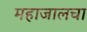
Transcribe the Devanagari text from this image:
महाजालचा